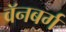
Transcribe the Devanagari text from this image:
वॅनबर्ग